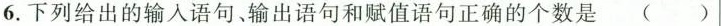
6.下列给出的输入语句、输出语句和赋值语句正确的个数是()